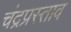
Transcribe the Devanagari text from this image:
चंद्रप्रस्ताव